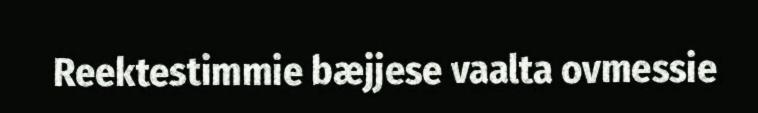
Reektestimmie bæjjese vaalta ovmessie